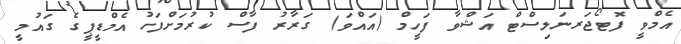
އެމްވީ ފޮޓޯޖަރނަލިސްޓް އަޝްވާ ފަހީމް (އައްވަ) ގަރާރު ފާސް ކުރުމަށްފަހު އެމްޑީޕީގެ ގައުމީ